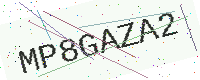
Text: MP8GAZA2